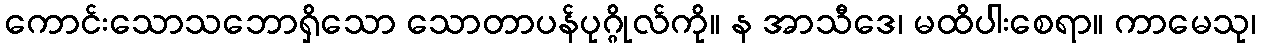
ကောင်းသောသဘောရှိသော သောတာပန်ပုဂ္ဂိုလ်ကို။ န အာသီဒေ၊ မထိပါးစေရာ။ ကာမေသု၊